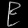
Digit: ၉